Indian journal of veterinary science and animal husbandry - Volumes 22-23, 1952-1953
Year: 1952
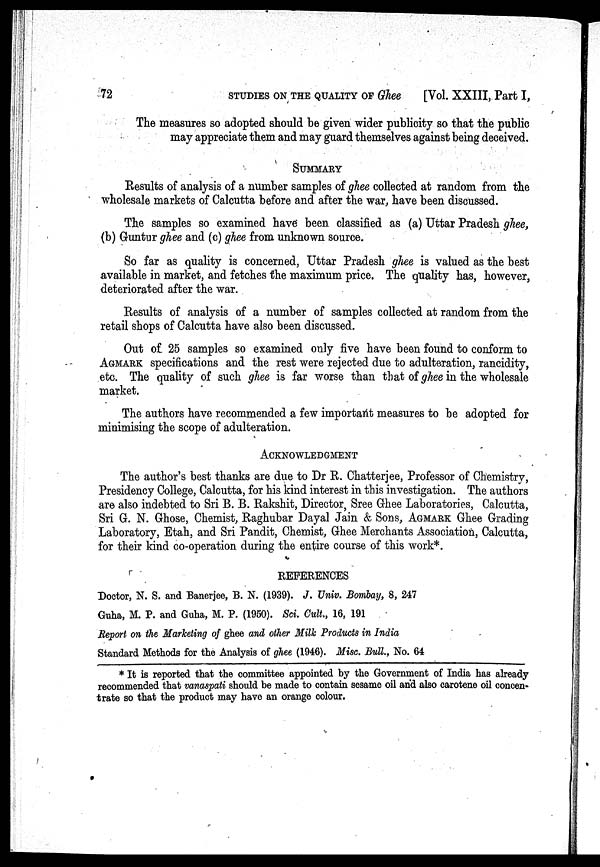
72
STUDIES
ON
THE
QUALITY OF Ghee [Vol. XXIII, Part I,
The measures so adopted should be given wider publicity so that the public
may appreciate them and may guard themselves against being deceived.
SUMMARY
Results of analysis of a number samples of ghee collected at random from the
wholesale markets of Calcutta before and after the war, have been discussed.
The samples so examined have been classified as (a) Uttar Pradesh ghee,
(b) Guntur ghee and (c) ghee from unknown source.
So far as quality is concerned, Uttar Pradesh ghee is valued as the best
available in market, and fetches the maximum price. The quality has, however,
deteriorated after the war.
Results of analysis of a number of samples collected at random from the
retail shops of Calcutta have also been discussed.
Out of 25 samples so examined only five have been found to conform to
AGMARK specifications and the rest were rejected due to adulteration, rancidity,
etc. The quality of such ghee is far worse than that of ghee in the wholesale
market.
The authors have recommended a few important measures to be adopted for
minimising the scope of adulteration.
ACKNOWLEDGMENT
The author's best thanks are due to Dr R. Chatterjee, Professor of Chemistry,
Presidency College, Calcutta, for his kind interest in this investigation. The authors
are also indebted to Sri B. B. Rakshit, Director, Sree Ghee Laboratories, Calcutta,
Sri G. N. Ghose, Chemist, Raghubar Dayal Jain & Sons, AGMARK Ghee Grading
Laboratory, Etah, and Sri Pandit, Chemist, Ghee Merchants Association, Calcutta,
for their kind co-operation during the entire course of this work*.
REFERENCES
Doctor, N. S. and Banerjee, B. N. (1939). J. Univ. Bombay, 8, 247
Guha, M. P. and Guha, M. P. (1950). Sci. Cult., 16, 191
Report on the Marketing of ghee and other Milk Products in India
Standard Methods for the Analysis of ghee (1946). Misc. Bull., No. 64
* It is reported that the committee appointed by the Government of India has already
recommended that vanaspati should be made to contain sesame oil and also carotene oil concen-
trate so that the product may have an orange colour.